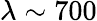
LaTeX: \lambda\sim 700